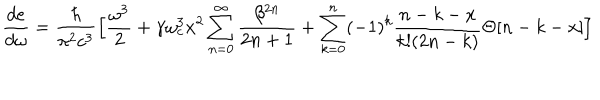
LaTeX: \frac { d e } { d \omega } = \frac { \hbar } { \pi ^ { 2 } c ^ { 3 } } \Big [ \frac { \omega ^ { 3 } } { 2 } + \gamma \omega _ { c } ^ { 3 } x ^ { 2 } \sum _ { n = 0 } ^ { \infty } \frac { \beta ^ { 2 n } } { 2 n + 1 } + \sum _ { k = 0 } ^ { n } ( - 1 ) ^ { k } \frac { n - k - x } { k ! ( 2 n - k ) } \Theta [ n - k - x ] \Big ]